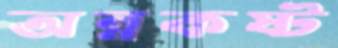
অন্নকষ্ট